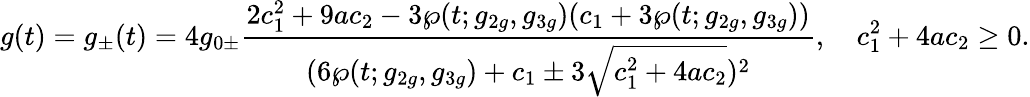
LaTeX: g(t)=g_{\pm}(t)=4g_{0\pm}\frac{2c_{1}^{2}+9ac_{2}-3\wp(t;g_{2g},g_{3g})(c_{1}+3\wp(t;g_{2g},g_{3g}))}{(6\wp(t;g_{2g},g_{3g})+c_{1}\pm 3\sqrt{c_{1}^{2}+4ac_{2}})^{2}},\quad c_{1}^{2}+4ac_{2}\ge 0.